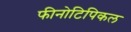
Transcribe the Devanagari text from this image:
फीनोटिपिकल